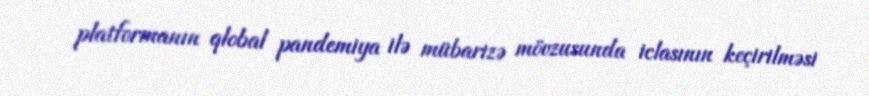
platformanın qlobal pandemiya ilə mübarizə mövzusunda iclasının keçirilməsi